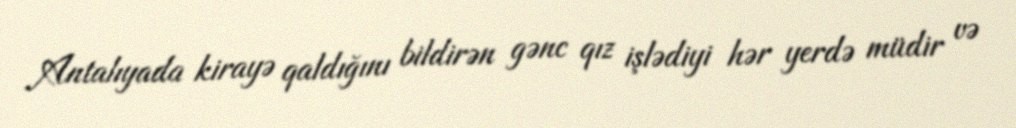
Antalıyada kirayə qaldığını bildirən gənc qız işlədiyi hər yerdə müdir və